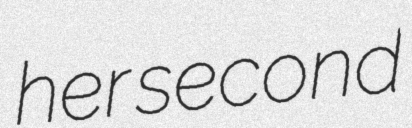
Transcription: her second